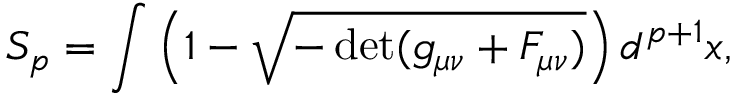
S _ { p } = \int \left( 1 - \sqrt { - \operatorname * { d e t } ( g _ { \mu \nu } + F _ { \mu \nu } ) } \right) d ^ { p + 1 } x ,